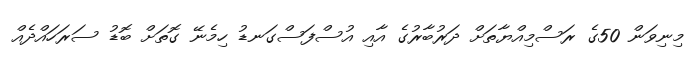
މިނިވަން 50ގެ ރަސްމިއްޔާތަށް ދަރުބާރުގެ އާއި އުސްފަސްގަނޑު ހިމެނޭ ގޮތަށް ބޮޑު ސަރަހައްދެއް